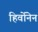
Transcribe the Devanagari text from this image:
हिर्वोनेन